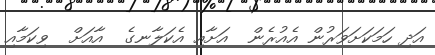
އަދި ހަމަކަށަވަރުން އެއުރެން  އަށާއި އެކަލާނގެ  އާއަށް  ވިކަމާއި